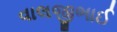
વાલજીભાઈ